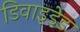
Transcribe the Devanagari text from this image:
डिवाइडेड